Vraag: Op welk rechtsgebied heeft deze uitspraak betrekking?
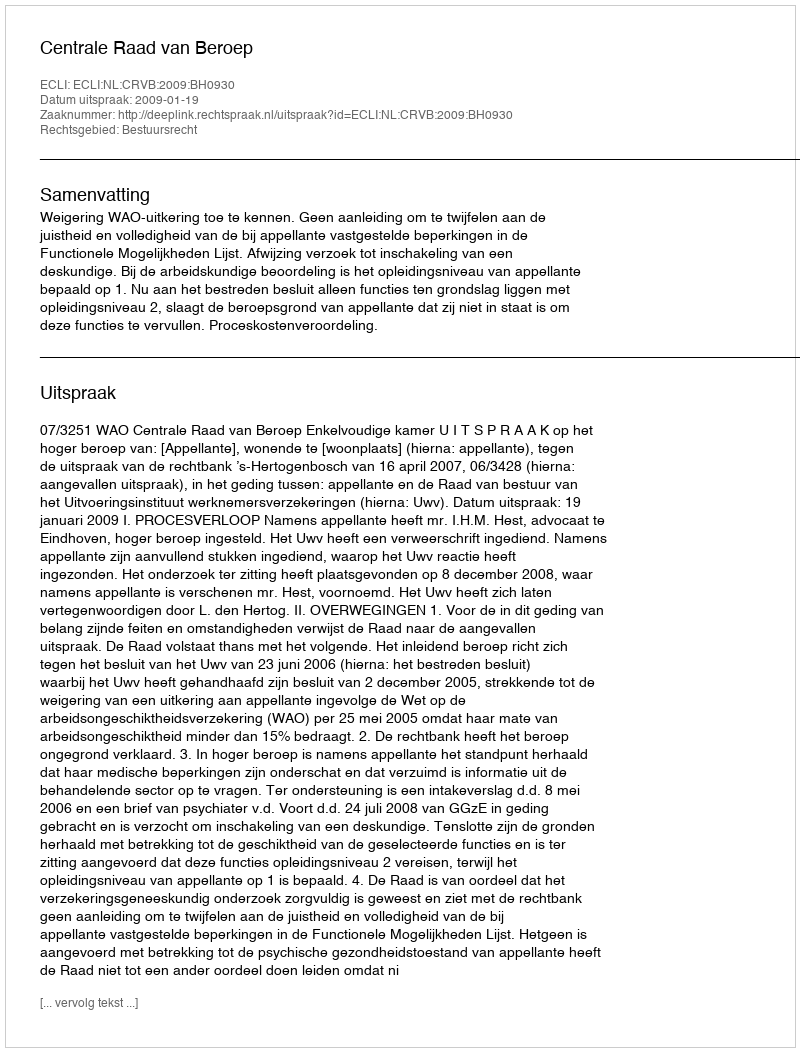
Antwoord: Bestuursrecht